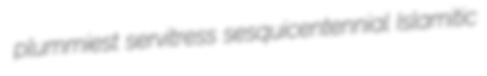
plummiest servitress sesquicentennial Islamitic